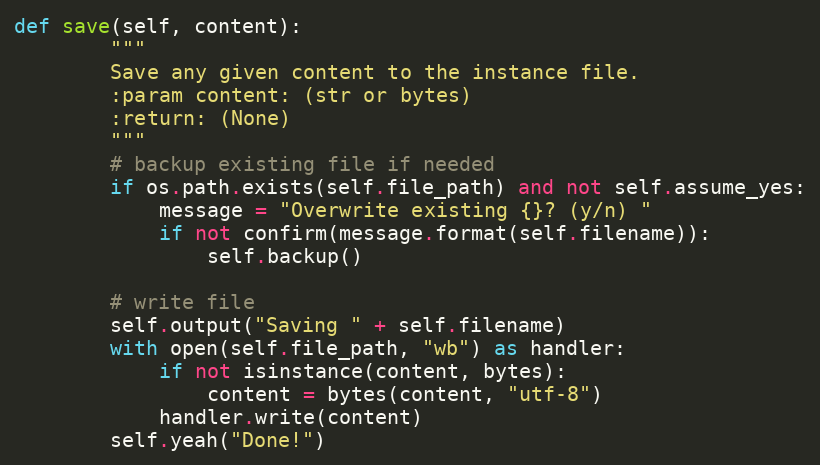
Language: Python
def save(self, content):
        """
        Save any given content to the instance file.
        :param content: (str or bytes)
        :return: (None)
        """
        # backup existing file if needed
        if os.path.exists(self.file_path) and not self.assume_yes:
            message = "Overwrite existing {}? (y/n) "
            if not confirm(message.format(self.filename)):
                self.backup()

        # write file
        self.output("Saving " + self.filename)
        with open(self.file_path, "wb") as handler:
            if not isinstance(content, bytes):
                content = bytes(content, "utf-8")
            handler.write(content)
        self.yeah("Done!")